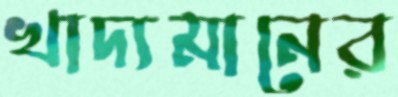
খাদ্যমানের